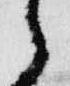
之